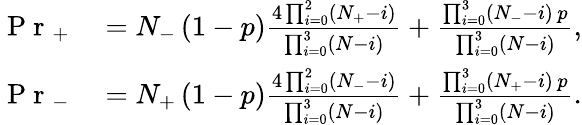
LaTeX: \begin{array}{rl}{\mathrm{~P~r~}_{+}}&{{}=N_{-}\left(1-p\right)\frac{4\prod_{i=0}^{2}\left(N_{+}-i\right)}{\prod_{i=0}^{3}\left(N-i\right)}+\frac{\prod_{i=0}^{3}\left(N_{-}-i\right)\, p}{\prod_{i=0}^{3}\left(N-i\right)},}\\ {\mathrm{~P~r~}_{-}}&{{}=N_{+}\left(1-p\right)\frac{4\prod_{i=0}^{2}\left(N_{-}-i\right)}{\prod_{i=0}^{3}\left(N-i\right)}+\frac{\prod_{i=0}^{3}\left(N_{+}-i\right)\, p}{\prod_{i=0}^{3}\left(N-i\right)}.}\end{array}